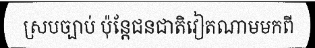
ស្របច្បាប់ ប៉ុន្តែជនជាតិវៀតណាមមកពី